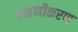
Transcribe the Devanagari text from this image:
प्रमणीकरण